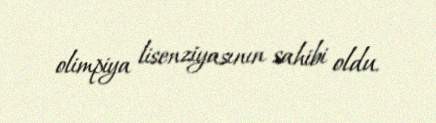
olimpiya lisenziyasının sahibi oldu.